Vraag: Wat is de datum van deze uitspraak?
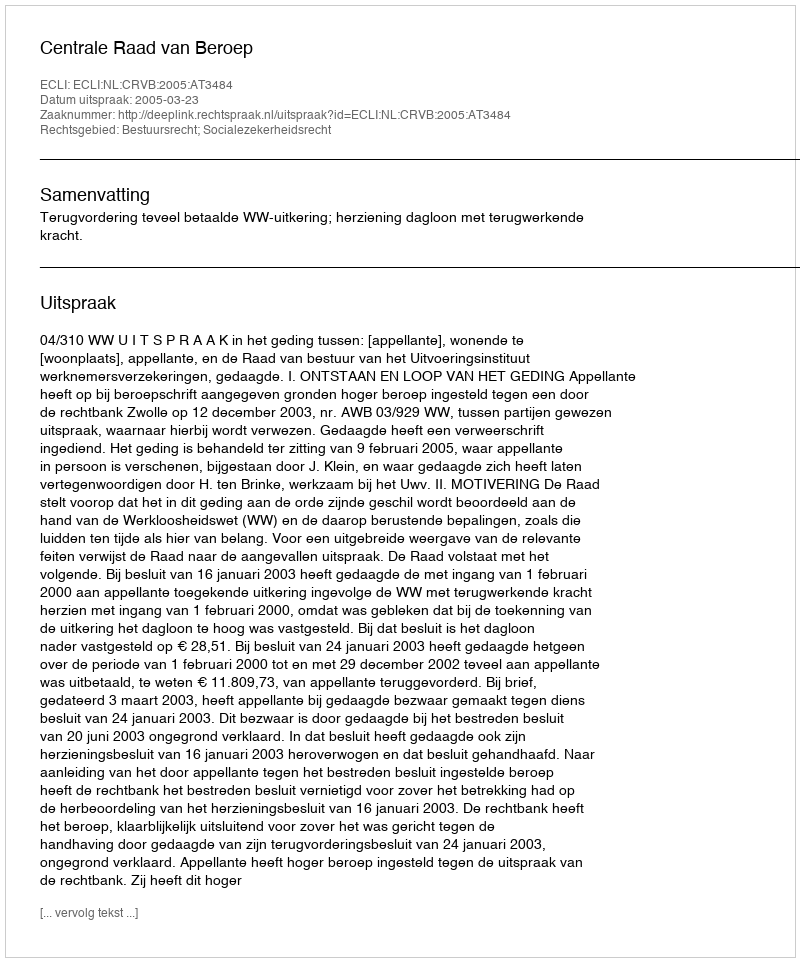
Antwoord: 2005-03-23